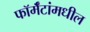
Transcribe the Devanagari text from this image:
फॉर्मॅटांमधील